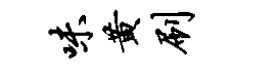
味黄刷